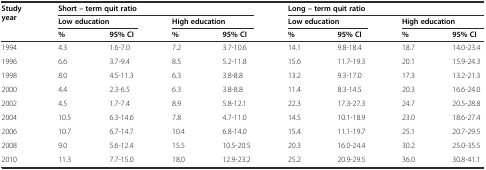
<table><thead><tr><td rowspan="3"><b>Study year</b></td><td colspan="4"><b>Short – term quit ratio</b></td><td colspan="4"><b>Long – term quit ratio</b></td></tr><tr><td colspan="2"><b>Low education</b></td><td colspan="2"><b>High education</b></td><td colspan="2"><b>Low education</b></td><td colspan="2"><b>High education</b></td></tr><tr><td><b>%</b></td><td><b>95% CI</b></td><td><b>%</b></td><td><b>95% CI</b></td><td><b>%</b></td><td><b>95% CI</b></td><td><b>%</b></td><td><b>95% CI</b></td></tr></thead><tbody><tr><td>1994</td><td>4.3</td><td>1.6-7.0</td><td>7.2</td><td>3.7-10.6</td><td>14.1</td><td>9.8-18.4</td><td>18.7</td><td>14.0-23.4</td></tr><tr><td>1996</td><td>6.6</td><td>3.7-9.4</td><td>8.5</td><td>5.2-11.8</td><td>15.6</td><td>11.7-19.3</td><td>20.1</td><td>15.9-24.3</td></tr><tr><td>1998</td><td>8.0</td><td>4.5-11.3</td><td>6.3</td><td>3.8-8.8</td><td>13.2</td><td>9.3-17.0</td><td>17.3</td><td>13.2-21.3</td></tr><tr><td>2000</td><td>4.4</td><td>2.3-6.5</td><td>6.3</td><td>3.8-8.8</td><td>11.4</td><td>8.3-14.5</td><td>20.3</td><td>16.6-24.0</td></tr><tr><td>2002</td><td>4.5</td><td>1.7-7.4</td><td>8.9</td><td>5.8-12.1</td><td>22.3</td><td>17.3-27.3</td><td>24.7</td><td>20.5-28.8</td></tr><tr><td>2004</td><td>10.5</td><td>6.3-14.6</td><td>7.8</td><td>4.7-11.0</td><td>14.5</td><td>10.1-18.9</td><td>23.0</td><td>18.6-27.4</td></tr><tr><td>2006</td><td>10.7</td><td>6.7-14.7</td><td>10.4</td><td>6.8-14.0</td><td>15.4</td><td>11.1-19.7</td><td>25.1</td><td>20.7-29.5</td></tr><tr><td>2008</td><td>9.0</td><td>5.6-12.4</td><td>15.5</td><td>10.5-20.5</td><td>20.3</td><td>16.0-24.4</td><td>30.2</td><td>25.0-35.5</td></tr><tr><td>2010</td><td>11.3</td><td>7.7-15.0</td><td>18.0</td><td>12.9-23.2</td><td>25.2</td><td>20.9-29.5</td><td>36.0</td><td>30.8-41.1</td></tr></tbody></table>